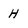
Character: H